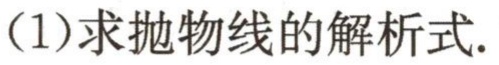
（1）求抛物线的解析式.